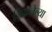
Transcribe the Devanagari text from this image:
जिकलेल्या